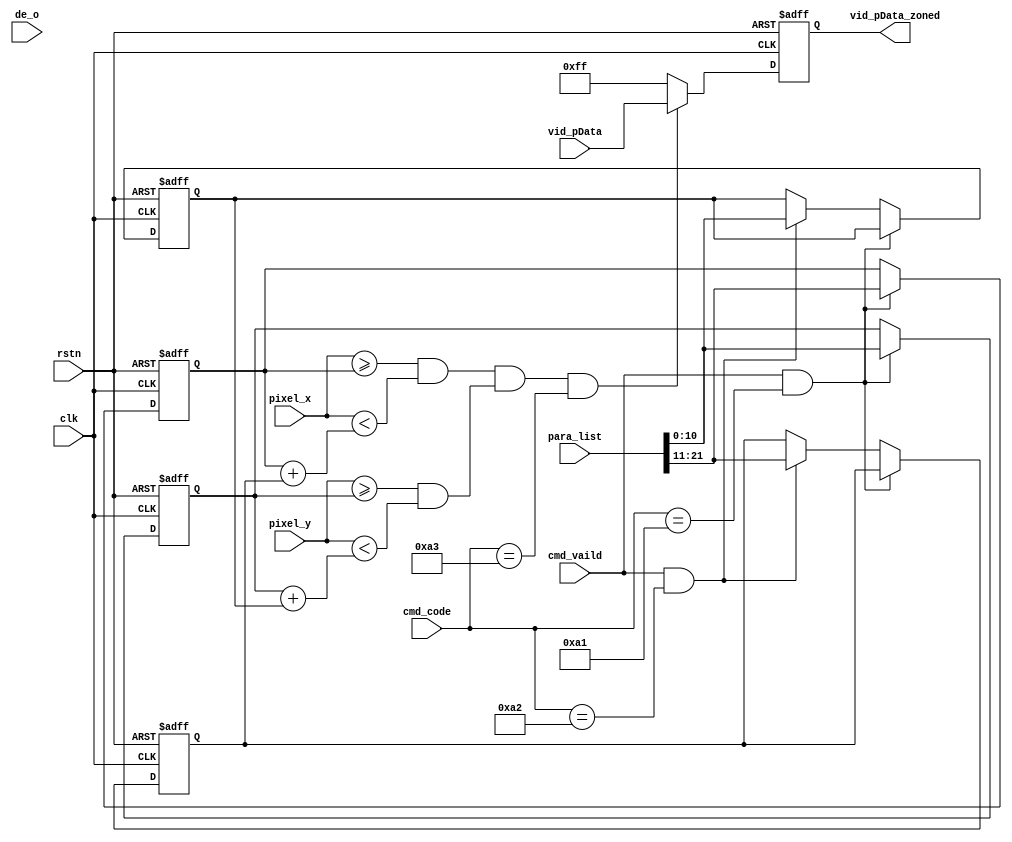
module video_zone_judge(
    input                   clk,  // video_clk
    input                   rstn,
    input       [10:0]      pixel_x,
    input       [10:0]      pixel_y,
    input       [31:0]      para_list,
    input                   cmd_vaild,
    input       [7:0]       cmd_code,
    input                   de_o,
    input       [23:0]      vid_pData,

    output reg  [23:0]      vid_pData_zoned
);

// command define
/*
1. cmd_code = 8'ha1
此时处于设定矩形左上坐标的模式
para_list[10:0] 为Y轴坐标, para_list[21:11] 为X轴坐标

2. cmd_code = 8'ha2
此时处于设定矩形长宽的模式，矩形长为X轴方向，宽为Y轴方向
para_list[10:0] 为Y轴宽度量, para_list[21:11] 为X轴长度量

3. cmd_code = 8'ha3
此时应用内部存储的数据，对视频进行区域化显示

4. zone area
              zone_x,y ################ zone_x+L,y
                       #              #
                       #              #
                       #              #
            zone_x,y+H ################ zone_x+L,y+H
故当pixel的xy坐标中的x在zone_x与zone_x+L之间，y在zone_y与zone_y+H
之间，显示正常视频源，其余情况用黑色或其他颜色屏蔽掉
*/

// 矩形区域的坐标与长宽获取模块################################
reg [10:0] zone_x;
reg [10:0] zone_y;
reg [10:0] zone_L;
reg [10:0] zone_H;

always @(posedge clk or negedge rstn) begin
    if(~rstn) begin
        zone_x <= 11'd0;
        zone_y <= 11'd0;
        zone_L <= 11'd0;
        zone_H <= 11'd0;
    end
    else if(cmd_vaild && cmd_code == 8'ha1) begin
        zone_x <= para_list[21:11];
        zone_y <= para_list[10:0];
    end
    else if(cmd_vaild && cmd_code == 8'ha2) begin
        zone_L <= para_list[21:11];
        zone_H <= para_list[10:0];
    end
    else begin
        ;
    end
end
// ##############################################


// 视频区域判别模块 #####################################
wire flag_x, flag_y;

assign flag_x = (pixel_x >= zone_x) && (pixel_x < zone_x+zone_L);
assign flag_y = (pixel_y >= zone_y) && (pixel_y < zone_y+zone_H);

always @(posedge clk or negedge rstn) begin
    if(~rstn) begin
        vid_pData_zoned <= 23'h000000;
    end
    else if(flag_x && flag_y && cmd_code == 8'ha3) begin
        vid_pData_zoned <= vid_pData;
    end
    else begin
        vid_pData_zoned <= 8'h0000ff; //blue background
    end
end
//###############################################

endmodule